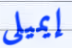
إيميلى